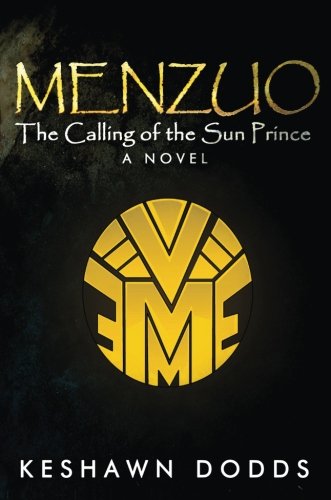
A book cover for Menzuo:: The Calling of the Sun Prince; Keshawn Dodds; Science Fiction & Fantasy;